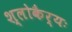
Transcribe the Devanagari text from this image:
श्लोकैर्यः